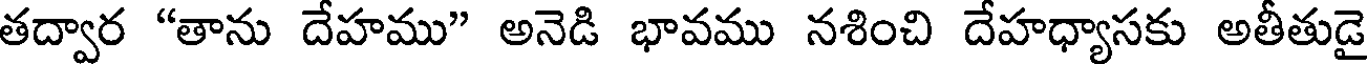
తద్వార "తాను దేహము" అనెడి భావము నశించి దేహధ్యాసకు అతీతుడై